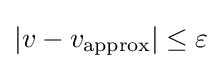
|v-v_{\text{approx}}|\leq \varepsilon